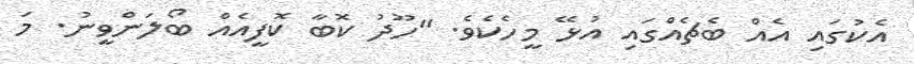
އެކުގައި އެއް ބެޗެއްގައި އުޅޭ މީހެކެވެ. "ހޫދު ކޮބާ ކޮފީއެއް ބޯލަންވީނު. މަ